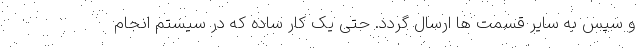
و سپس به سایر قسمت ها ارسال گردد. حتی یک کار ساده که در سیستم انجام